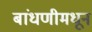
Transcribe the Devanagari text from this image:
बांधणीमधून